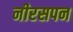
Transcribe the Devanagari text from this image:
नीरसपन